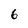
Character: 6